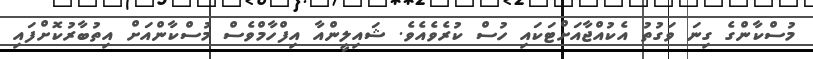
މުސްކާންގެ ގިނަ ވަގުތު އެކުއްޖާއަށްޓަކައި ހުސް ކުރެވެއެވެ. ޝައިލީންއާ އިފްހާމްވެސް މުސްކާންއަށް އިތުބާރުކޮށްފައި